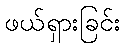
ဖယ်ရှားခြင်း